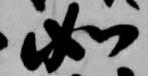
如